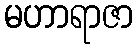
မဟာရာဇာ